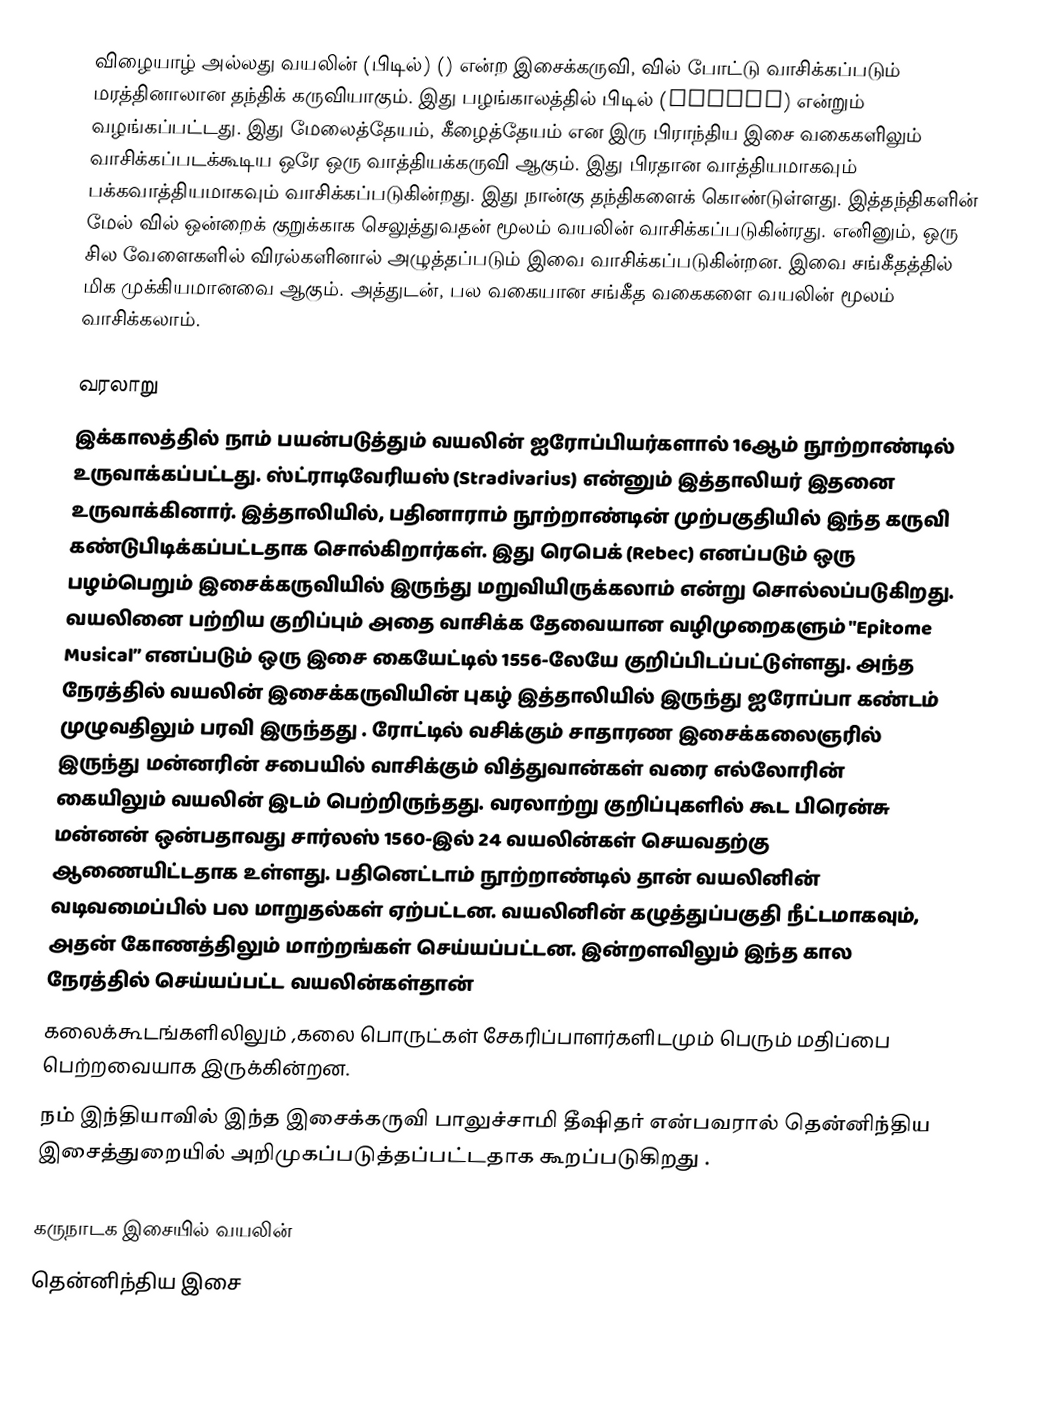
விழையாழ் அல்லது வயலின் (பிடில்) () என்ற இசைக்கருவி, வில் போட்டு வாசிக்கப்படும் மரத்தினாலான தந்திக் கருவியாகும். இது பழங்காலத்தில் பிடில் (fiddle) என்றும் வழங்கப்பட்டது. இது மேலைத்தேயம், கீழைத்தேயம் என இரு பிராந்திய இசை வகைகளிலும் வாசிக்கப்படக்கூடிய ஒரே ஒரு வாத்தியக்கருவி ஆகும். இது பிரதான வாத்தியமாகவும் பக்கவாத்தியமாகவும் வாசிக்கப்படுகின்றது. இது நான்கு தந்திகளைக் கொண்டுள்ளது. இத்தந்திகளின் மேல் வில் ஒன்றைக் குறுக்காக செலுத்துவதன் மூலம் வயலின் வாசிக்கப்படுகின்ரது. எனினும், ஒரு சில வேளைகளில் விரல்களினால் அழுத்தப்படும் இவை வாசிக்கப்படுகின்றன. இவை சங்கீதத்தில் மிக முக்கியமானவை ஆகும். அத்துடன், பல வகையான சங்கீத வகைகளை வயலின் மூலம் வாசிக்கலாம்.

வரலாறு
இக்காலத்தில் நாம் பயன்படுத்தும் வயலின் ஐரோப்பியர்களால் 16ஆம் நூற்றாண்டில் உருவாக்கப்பட்டது. ஸ்ட்ராடிவேரியஸ் (Stradivarius) என்னும் இத்தாலியர் இதனை உருவாக்கினார். இத்தாலியில், பதினாராம் நூற்றாண்டின் முற்பகுதியில் இந்த கருவி கண்டுபிடிக்கப்பட்டதாக சொல்கிறார்கள். இது ரெபெக் (Rebec) எனப்படும் ஒரு பழம்பெறும் இசைக்கருவியில் இருந்து மறுவியிருக்கலாம் என்று சொல்லப்படுகிறது. வயலினை பற்றிய குறிப்பும் அதை வாசிக்க தேவையான வழிமுறைகளும் "Epitome Musical” எனப்படும் ஒரு இசை கையேட்டில் 1556-லேயே குறிப்பிடப்பட்டுள்ளது. அந்த நேரத்தில் வயலின் இசைக்கருவியின் புகழ்  இத்தாலியில் இருந்து ஐரோப்பா கண்டம் முழுவதிலும் பரவி இருந்தது . ரோட்டில் வசிக்கும் சாதாரண இசைக்கலைஞரில் இருந்து மன்னரின் சபையில் வாசிக்கும் வித்துவான்கள் வரை எல்லோரின் கையிலும் வயலின் இடம் பெற்றிருந்தது. வரலாற்று குறிப்புகளில் கூட பிரென்சு மன்னன் ஒன்பதாவது சார்லஸ் 1560-இல் 24 வயலின்கள் செயவதற்கு ஆணையிட்டதாக உள்ளது. பதினெட்டாம் நூற்றாண்டில் தான் வயலினின் வடிவமைப்பில் பல மாறுதல்கள் ஏற்பட்டன.  வயலினின் கழுத்துப்பகுதி நீட்டமாகவும், அதன் கோணத்திலும் மாற்றங்கள் செய்யப்பட்டன. இன்றளவிலும் இந்த கால நேரத்தில் செய்யப்பட்ட வயலின்கள்தான்
கலைக்கூடங்களிலிலும் ,கலை பொருட்கள் சேகரிப்பாளர்களிடமும் பெரும் மதிப்பை பெற்றவையாக இருக்கின்றன.
நம் இந்தியாவில் இந்த இசைக்கருவி பாலுச்சாமி தீஷிதர் என்பவரால் தென்னிந்திய இசைத்துறையில் அறிமுகப்படுத்தப்பட்டதாக  கூறப்படுகிறது .

கருநாடக இசையில் வயலின்
தென்னிந்திய இசை